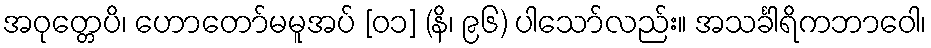
အဝုတ္တေပိ၊ ဟောတော်မမူအပ် [၀၁] (နိ၊ ၉၆) ပါသော်လည်း။ အသင်္ခါရိကဘာဝေါ၊